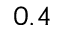
0 . 4